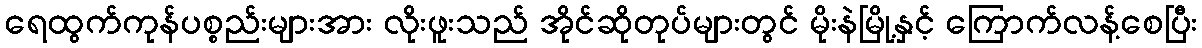
ရေထွက်ကုန်ပစ္စည်းများအား လိုးဖူးသည် အိုင်ဆိုတုပ်များတွင် မိုးနဲမြို့နှင့် ကြောက်လန့်စေပြီး